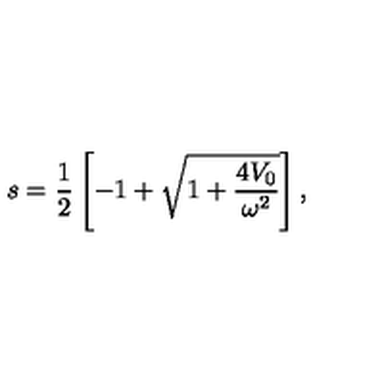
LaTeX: s = \frac { 1 } { 2 } \left[ - 1 + \sqrt { 1 + \frac { 4 V _ { 0 } } { \omega ^ { 2 } } } \right] ,